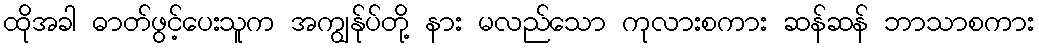
ထိုအခါ ဓာတ်ဖွင့်ပေးသူက အကျွန်ုပ်တို့ နား မလည်သော ကုလားစကား ဆန်ဆန် ဘာသာစကား